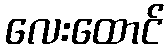
လေးထောင်